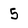
Character: 5